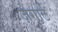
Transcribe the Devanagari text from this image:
ज़ेगार्ट